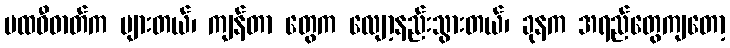
ပထဝီဓာတ်က များတယ်၊ ကျန်တာ တွေက လျော့နည်းသွားတယ်၊ ခုနက အရည်တွေကျတော့